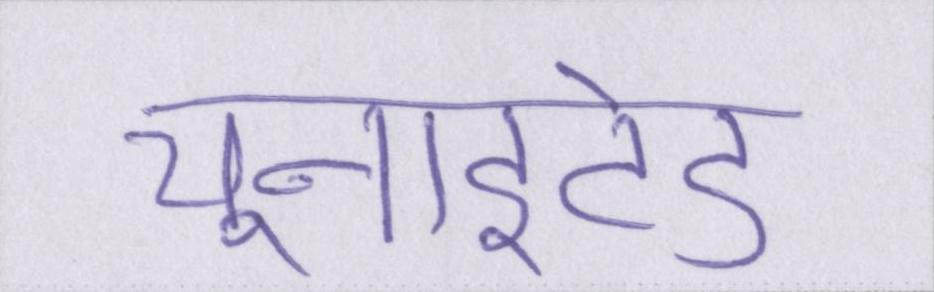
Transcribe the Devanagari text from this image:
यूनाइटेड